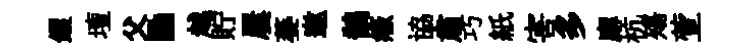
钁壇父·越貯屢萎邀鵲癥協肅巧紙害多廨杭殤萱